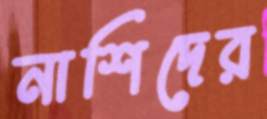
নাশিদের